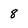
Character: 8